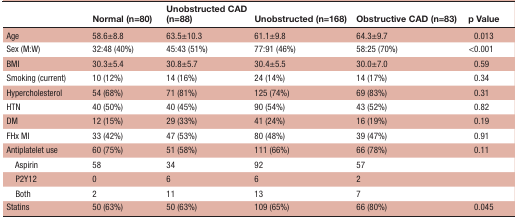
<table><thead><tr><td>[EMPTY_CELL]</td><td><b>Normal (n=80)</b></td><td><b>Unobstructed CAD (n=88)</b></td><td><b>Unobstructed (n=168)</b></td><td><b>Obstructive CAD (n=83)</b></td><td><b>p Value</b></td></tr></thead><tbody><tr><td>Age</td><td>58.6±8.8</td><td>63.5±10.3</td><td>61.1±9.8</td><td>64.3±9.7</td><td>0.013</td></tr><tr><td>Sex (M:W)</td><td>32:48 (40%)</td><td>45:43 (51%)</td><td>77:91 (46%)</td><td>58:25 (70%)</td><td>&lt;0.001</td></tr><tr><td>BMI</td><td>30.3±5.4</td><td>30.8±5.7</td><td>30.4±5.5</td><td>30.0±7.0</td><td>0.59</td></tr><tr><td>Smoking (current)</td><td>10 (12%)</td><td>14 (16%)</td><td>24 (14%)</td><td>14 (17%)</td><td>0.34</td></tr><tr><td>Hypercholesterol</td><td>54 (68%)</td><td>71 (81%)</td><td>125 (74%)</td><td>69 (83%)</td><td>0.31</td></tr><tr><td>HTN</td><td>40 (50%)</td><td>40 (45%)</td><td>90 (54%)</td><td>43 (52%)</td><td>0.82</td></tr><tr><td>DM</td><td>12 (15%)</td><td>29 (33%)</td><td>41 (24%)</td><td>16 (19%)</td><td>0.19</td></tr><tr><td>FHx MI</td><td>33 (42%)</td><td>47 (53%)</td><td>80 (48%)</td><td>39 (47%)</td><td>0.91</td></tr><tr><td>Antiplatelet use</td><td>60 (75%)</td><td>51 (58%)</td><td>111 (66%)</td><td>66 (78%)</td><td>0.11</td></tr><tr><td> Aspirin</td><td>58</td><td>34</td><td>92</td><td>57</td><td>[EMPTY_CELL]</td></tr><tr><td> P2Y12</td><td>0</td><td>6</td><td>6</td><td>2</td><td>[EMPTY_CELL]</td></tr><tr><td> Both</td><td>2</td><td>11</td><td>13</td><td>7</td><td>[EMPTY_CELL]</td></tr><tr><td>Statins</td><td>50 (63%)</td><td>50 (63%)</td><td>109 (65%)</td><td>66 (80%)</td><td>0.045</td></tr></tbody></table>